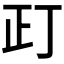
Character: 𰙛